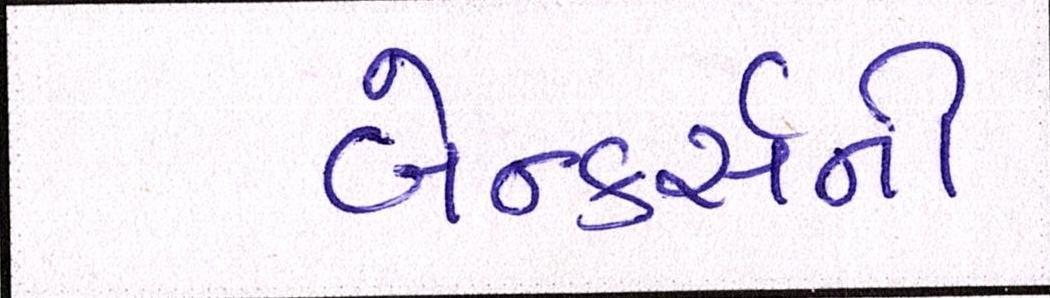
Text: બેન્કર્સની